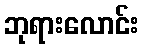
ဘုရားလောင်း